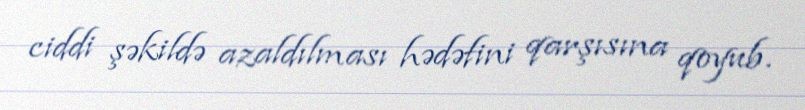
ciddi şəkildə azaldılması hədəfini qarşısına qoyub.